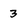
Character: 3